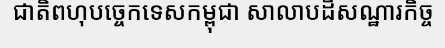
ជាតិពហុបច្ចេកទេសកម្ពុជា សាលាបដិសណ្ឋារកិច្ច